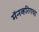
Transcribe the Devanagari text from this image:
मॅनव्हरिंगचा